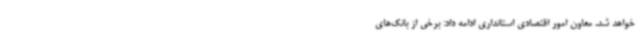
خواهد شد. معاون امور اقتصادی استانداری ادامه داد: برخی از بانک‌های